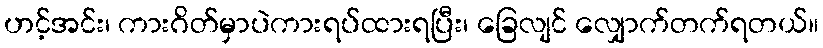
ဟင့်အင်း၊ ကားဂိတ်မှာပဲကားရပ်ထားရပြီး၊ ခြေလျင် လျှောက်တက်ရတယ်။